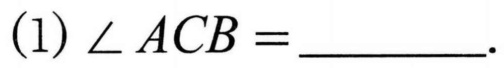
(1) \(\angle ACB = \underline{\quad\quad}\).